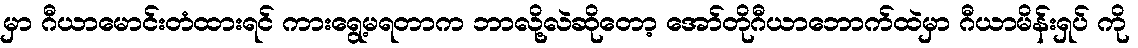
မှာ ဂီယာမောင်းတံထားရင် ကားရွေ့မရတာက ဘာလို့လဲဆိုတော့ အော်တိုဂီယာဘောက်ထဲမှာ ဂီယာမိန်းရှပ် ကို